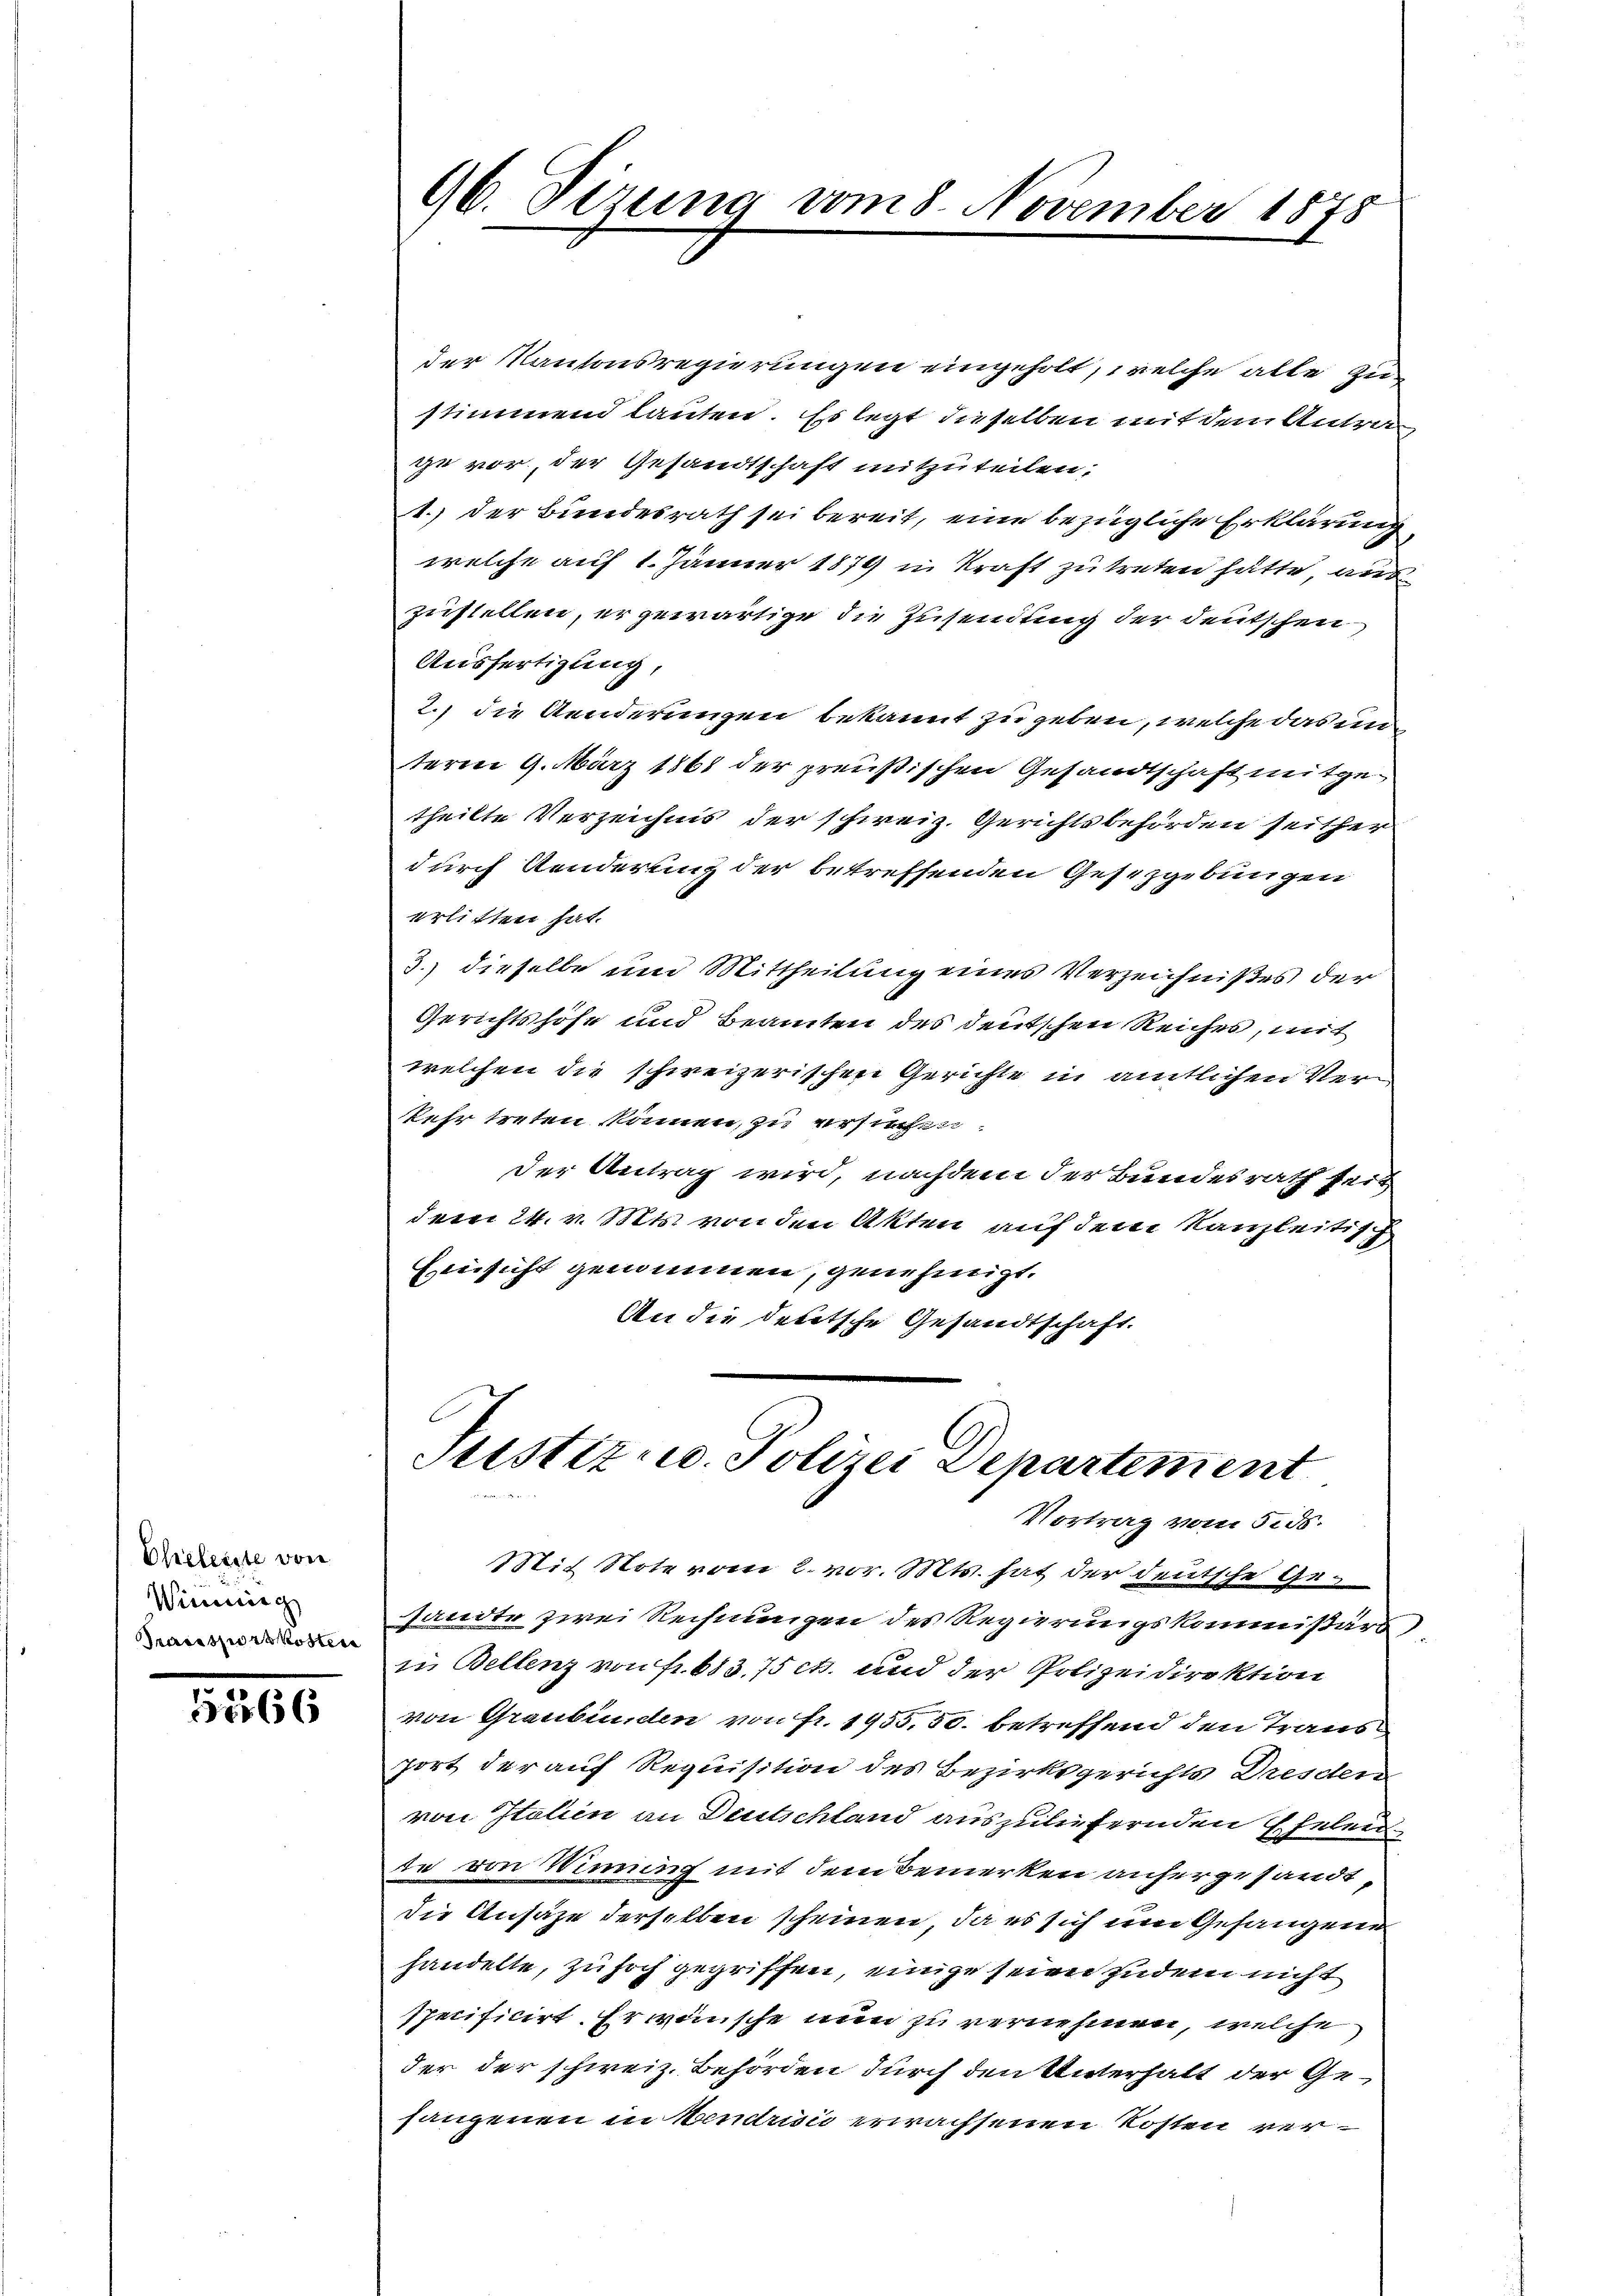
Eheleiste von
Winnig
raissportkosten

5566

96. Sizung vom 8. November 1878

der Kantonsregierungen eingeholt, welche alle Zustimmend lauten. Es legt dieselben mit dem Antrage vor, der Gesandtschaft mitzuteilen;
1. Der Bundesrath sei bereit, eine bezügliche Erklärung
welche auf 1. Jänner 1879 in Kraft zu treten hätte, aus
zustellen, er gewärtige die Zusendung der deutschen
Ausfertigung,
2.) die Aenderungen bekannt zu geben, welche das un
term 9. März 1868 der preußischen Gesandtschaft mitgetheilte Verzeichnis der schweiz. Gerichtsbehörden seither
durch Aenderung der betreffenden Gesetzgebungen
erlitten hat.
3.) dieselbe um Mittheilung eines Verzeichnißes der
Gerichtshöfe und Beamten des deutschen Reiches, mit
welchen die schweizerischen Gerichte in amtlichen Verkehr treten können, zu ersuchen
der Antrag wird, nachdem der Bundesrath seit
dem 24. v. Mts. von den Akten auf dem Kanzleitisch
Einsicht genommen, genehmigt.
An die deketsche Gesandtschaft.

Justiz u. Polizei Departement
Vortrag vom 5. ds.

Mit Note vom 2. vor. Mts. hat der deutsche Gesandte zwei Rechnungen des Regierungskommißärs
in Bellenz von Fr. 683. 75 ct. und der Polizeidirektion
von Graubünden von Fr. 1935,50. betreffend den Traus
port der auf Requisition des Bezirksgerichts Dresden
von Italien an Deutschland auszuliefernden Eheleu
te von Wimung mit dem Bemerken anhergesandt
die Ansätze derselben scheinen, da es sich um Gefangene
handelte, zu hoch gegriffen, einige seien zudem nicht
specificirt. Er wünsche nun zu vernehmen, welche
der der schweiz. Behörden durch den Unterhalt der Gesangenen in vendrin erwachsenen Kosten ver¬